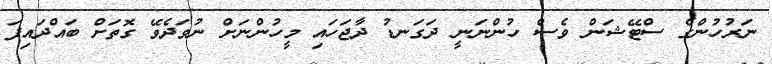
ނަރުހުންގެ ސްޓޭޝަން ވެސް ހުންނަނީ ދަގަނޑު ދާޖަހައި މީހުންނަށް ނުވަދެވޭ ގޮތަށް ބައްދައިފަ